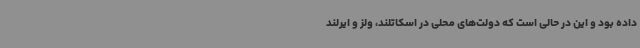
داده بود و این در حالی است که دولت‌های محلی در اسکاتلند، ولز و ایرلند